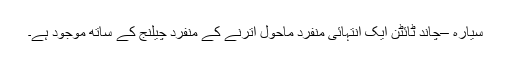
سیارہ –چاند ٹائٹن ایک انتہائی منفرد ماحول اترنے کے منفرد چیلنج کے ساتھ موجود ہے۔